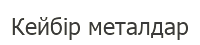
Кейбір металдар